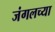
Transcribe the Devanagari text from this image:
जंगलच्या